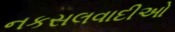
નકસલવાદીઓ